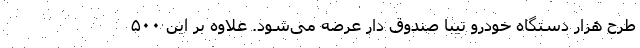
طرح هزار دستگاه خودرو تیبا صندوق دار عرضه می‌شود. علاوه بر این ۵۰۰